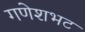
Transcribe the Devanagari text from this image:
गणेशभट